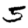
Digit: 5